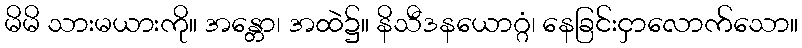
မိမိ သားမယားကို။ အန္တော၊ အထဲ၌။ နိသီဒနယောဂ္ဂံ၊ နေခြင်းငှာလောက်သော။